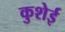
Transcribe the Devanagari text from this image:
कुशेई